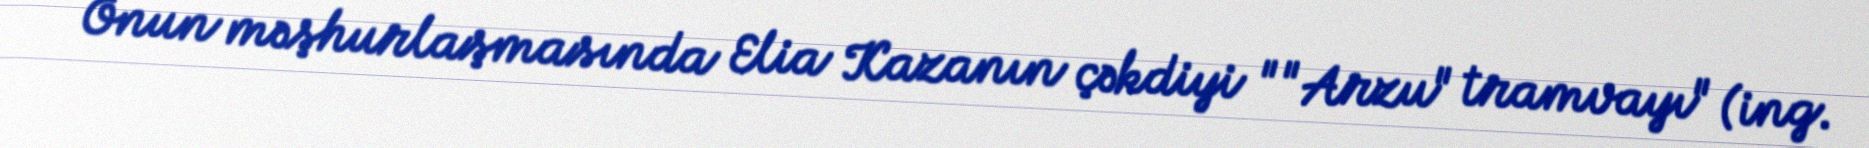
Onun məşhurlaşmasında Elia Kazanın çəkdiyi ""Arzu" tramvayı" (ing.